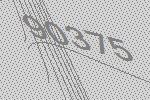
90375